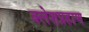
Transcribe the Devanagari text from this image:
क्लेशप्रहाण